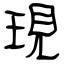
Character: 現